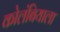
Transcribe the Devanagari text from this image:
कोलंबियाला